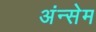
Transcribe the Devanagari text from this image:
अंन्सेम